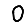
Digit: 0